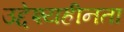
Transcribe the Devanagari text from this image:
उद्देश्यहीनता